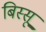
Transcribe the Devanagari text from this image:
बिस्सू